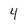
Character: 4